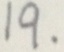
1 9 .